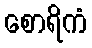
စောရိကံ